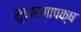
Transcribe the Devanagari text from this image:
सुधारणापक्ष